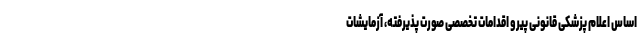
اساس اعلام پزشکی قانونی پیرو اقدامات تخصصی صورت پذیرفته، آزمایشات